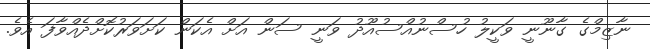
ނާޒިމްގެ ގާނޫނީ ވަކީލު ހުސްނުއްސުއޫދު ވަނީ ސަން އަށް އެކަން ކަށަވަރުކޮށްދެއްވާފަ އެވެ.